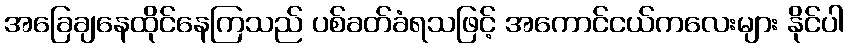
အခြေချနေထိုင်နေကြသည် ပစ်ခတ်ခံရသဖြင့် အကောင်ငယ်ကလေးများ နိုင်ပါ